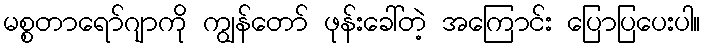
မစ္စတာရော်ဂျာကို ကျွန်တော် ဖုန်းခေါ်တဲ့ အကြောင်း ပြောပြပေးပါ။